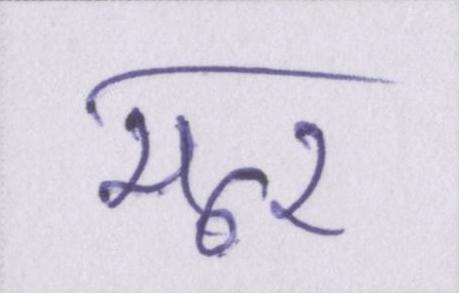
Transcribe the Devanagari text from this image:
मूर